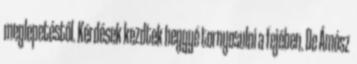
meglepetéstől. Kérdések kezdtek heggyé tornyosulni a fejében. De Ámósz